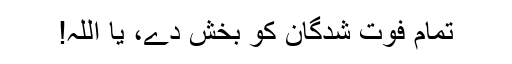
تمام فوت شدگان کو بخش دے، یا اللہ!